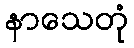
နာသေတုံ